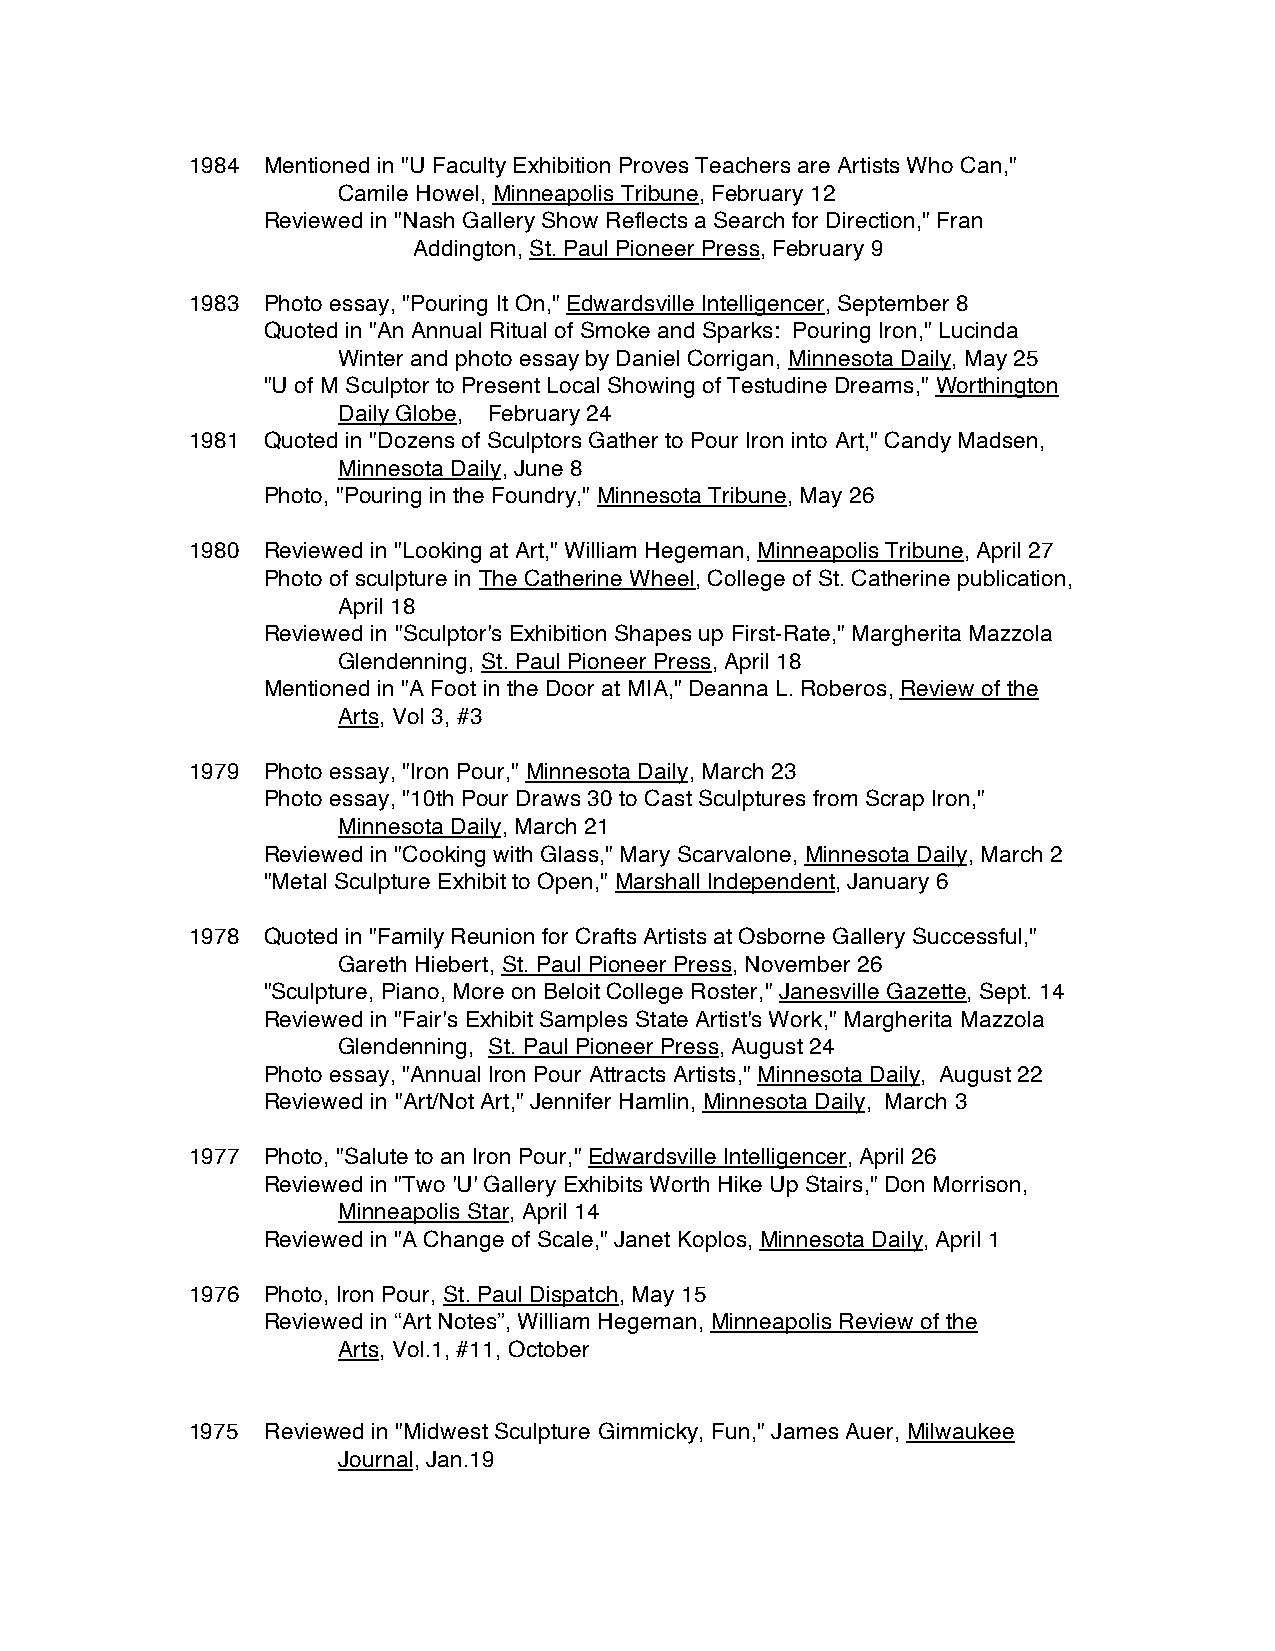
1984 Mentioned in "U Faculty Exhibition Proves Teachers are Artists Who Can,"
 Camile Howel, Minneapolis Tribune, February 12
 Reviewed in "Nash Gallery Show Reflects a Search for Direction," Fran
 Addington, St. Paul Pioneer Press, February 9
 1983 Photo essay, "Pouring It On," Edwardsville Intelligencer, September 8
 Quoted in "An Annual Ritual of Smoke and Sparks: Pouring Iron," Lucinda
 Winter and photo essay by Daniel Corrigan, Minnesota Daily, May 25
 "U of M Sculptor to Present Local Showing of Testudine Dreams," Worthington
 Daily Globe, February 24
 1981 Quoted in "Dozens of Sculptors Gather to Pour Iron into Art," Candy Madsen,
 Minnesota Daily, June 8
 Photo, "Pouring in the Foundry," Minnesota Tribune, May 26
 1980 Reviewed in "Looking at Art," William Hegeman, Minneapolis Tribune, April 27
 Photo of sculpture in The Catherine Wheel, College of St. Catherine publication,
 April 18
 Reviewed in "Sculptor's Exhibition Shapes up First-Rate," Margherita Mazzola
 Glendenning, St. Paul Pioneer Press, April 18
 Mentioned in "A Foot in the Door at MIA," Deanna L. Roberos, Review of the
 Arts, Vol 3, #3
 1979 Photo essay, "Iron Pour," Minnesota Daily, March 23
 Photo essay, "10th Pour Draws 30 to Cast Sculptures from Scrap Iron,"
 Minnesota Daily, March 21
 Reviewed in "Cooking with Glass," Mary Scarvalone, Minnesota Daily, March 2
 "Metal Sculpture Exhibit to Open," Marshall Independent, January 6
 1978 Quoted in "Family Reunion for Crafts Artists at Osborne Gallery Successful,"
 Gareth Hiebert, St. Paul Pioneer Press, November 26
 "Sculpture, Piano, More on Beloit College Roster," Janesville Gazette, Sept. 14
 Reviewed in "Fair's Exhibit Samples State Artist's Work," Margherita Mazzola
 Glendenning, St. Paul Pioneer Press, August 24
 Photo essay, "Annual Iron Pour Attracts Artists," Minnesota Daily, August 22
 Reviewed in "Art/Not Art," Jennifer Hamlin, Minnesota Daily, March 3
 1977 Photo, "Salute to an Iron Pour," Edwardsville Intelligencer, April 26
 Reviewed in "Two 'U' Gallery Exhibits Worth Hike Up Stairs," Don Morrison,
 Minneapolis Star, April 14
 Reviewed in "A Change of Scale," Janet Koplos, Minnesota Daily, April 1
 1976 Photo, Iron Pour, St. Paul Dispatch, May 15
 Reviewed in “Art Notes”, William Hegeman, Minneapolis Review of the
 Arts, Vol.1, #11, October
 1975  Reviewed in "Midwest Sculpture Gimmicky, Fun," James Auer, Milwaukee
 Journal, Jan.19